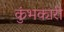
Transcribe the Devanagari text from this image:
कुंभकारी